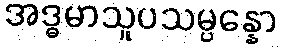
အဒ္ဓမာသူပသမ္ပန္နော